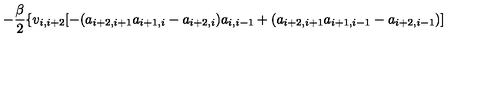
- \frac { \beta } { 2 } \{ v _ { i , i + 2 } [ - ( a _ { i + 2 , i + 1 } a _ { i + 1 , i } - a _ { i + 2 , i } ) a _ { i , i - 1 } + ( a _ { i + 2 , i + 1 } a _ { i + 1 , i - 1 } - a _ { i + 2 , i - 1 } ) ]